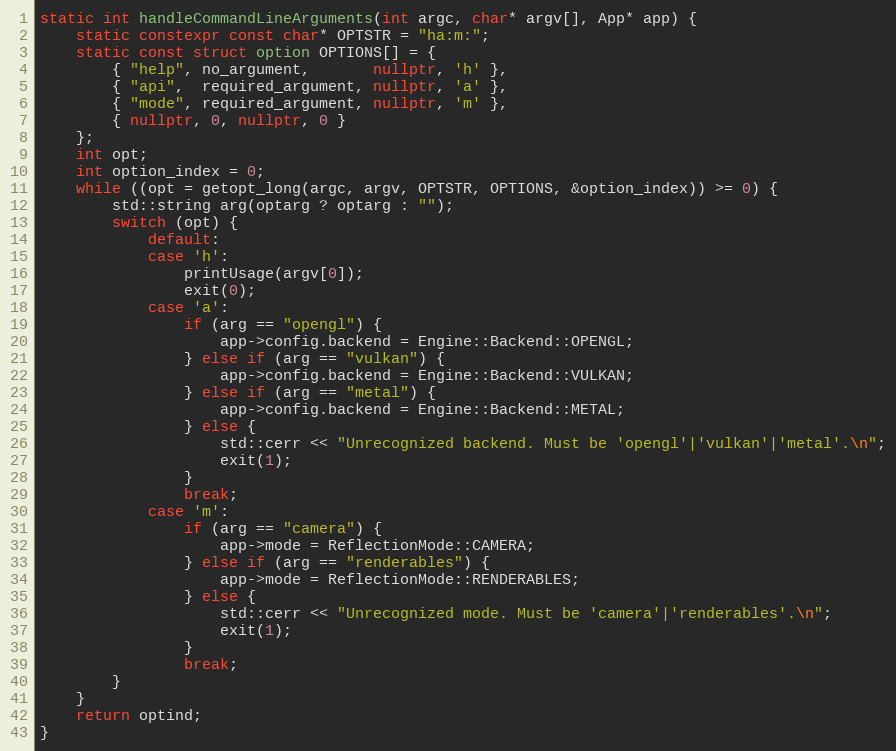
Language: C++
static int handleCommandLineArguments(int argc, char* argv[], App* app) {
    static constexpr const char* OPTSTR = "ha:m:";
    static const struct option OPTIONS[] = {
        { "help", no_argument,       nullptr, 'h' },
        { "api",  required_argument, nullptr, 'a' },
        { "mode", required_argument, nullptr, 'm' },
        { nullptr, 0, nullptr, 0 }
    };
    int opt;
    int option_index = 0;
    while ((opt = getopt_long(argc, argv, OPTSTR, OPTIONS, &option_index)) >= 0) {
        std::string arg(optarg ? optarg : "");
        switch (opt) {
            default:
            case 'h':
                printUsage(argv[0]);
                exit(0);
            case 'a':
                if (arg == "opengl") {
                    app->config.backend = Engine::Backend::OPENGL;
                } else if (arg == "vulkan") {
                    app->config.backend = Engine::Backend::VULKAN;
                } else if (arg == "metal") {
                    app->config.backend = Engine::Backend::METAL;
                } else {
                    std::cerr << "Unrecognized backend. Must be 'opengl'|'vulkan'|'metal'.\n";
                    exit(1);
                }
                break;
            case 'm':
                if (arg == "camera") {
                    app->mode = ReflectionMode::CAMERA;
                } else if (arg == "renderables") {
                    app->mode = ReflectionMode::RENDERABLES;
                } else {
                    std::cerr << "Unrecognized mode. Must be 'camera'|'renderables'.\n";
                    exit(1);
                }
                break;
        }
    }
    return optind;
}